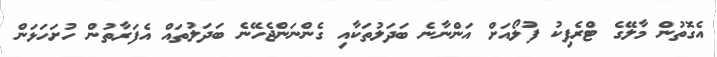
އެގޮތުން މާލޭގެ ޓްރެފިކު ފުލޯއަށް އަންނާނެ ބަދަލުތަކާއި ގެންނަންޖެހޭނެ ބަދަލުތައް އެފަރާތުން ހުށަހަޅަން